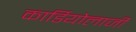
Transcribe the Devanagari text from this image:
कार्डियोलाजी